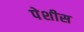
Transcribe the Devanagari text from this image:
पेशीस